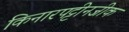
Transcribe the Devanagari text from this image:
किनारपट्टीनजीक